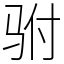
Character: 驸